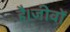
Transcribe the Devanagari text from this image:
है।जीवों